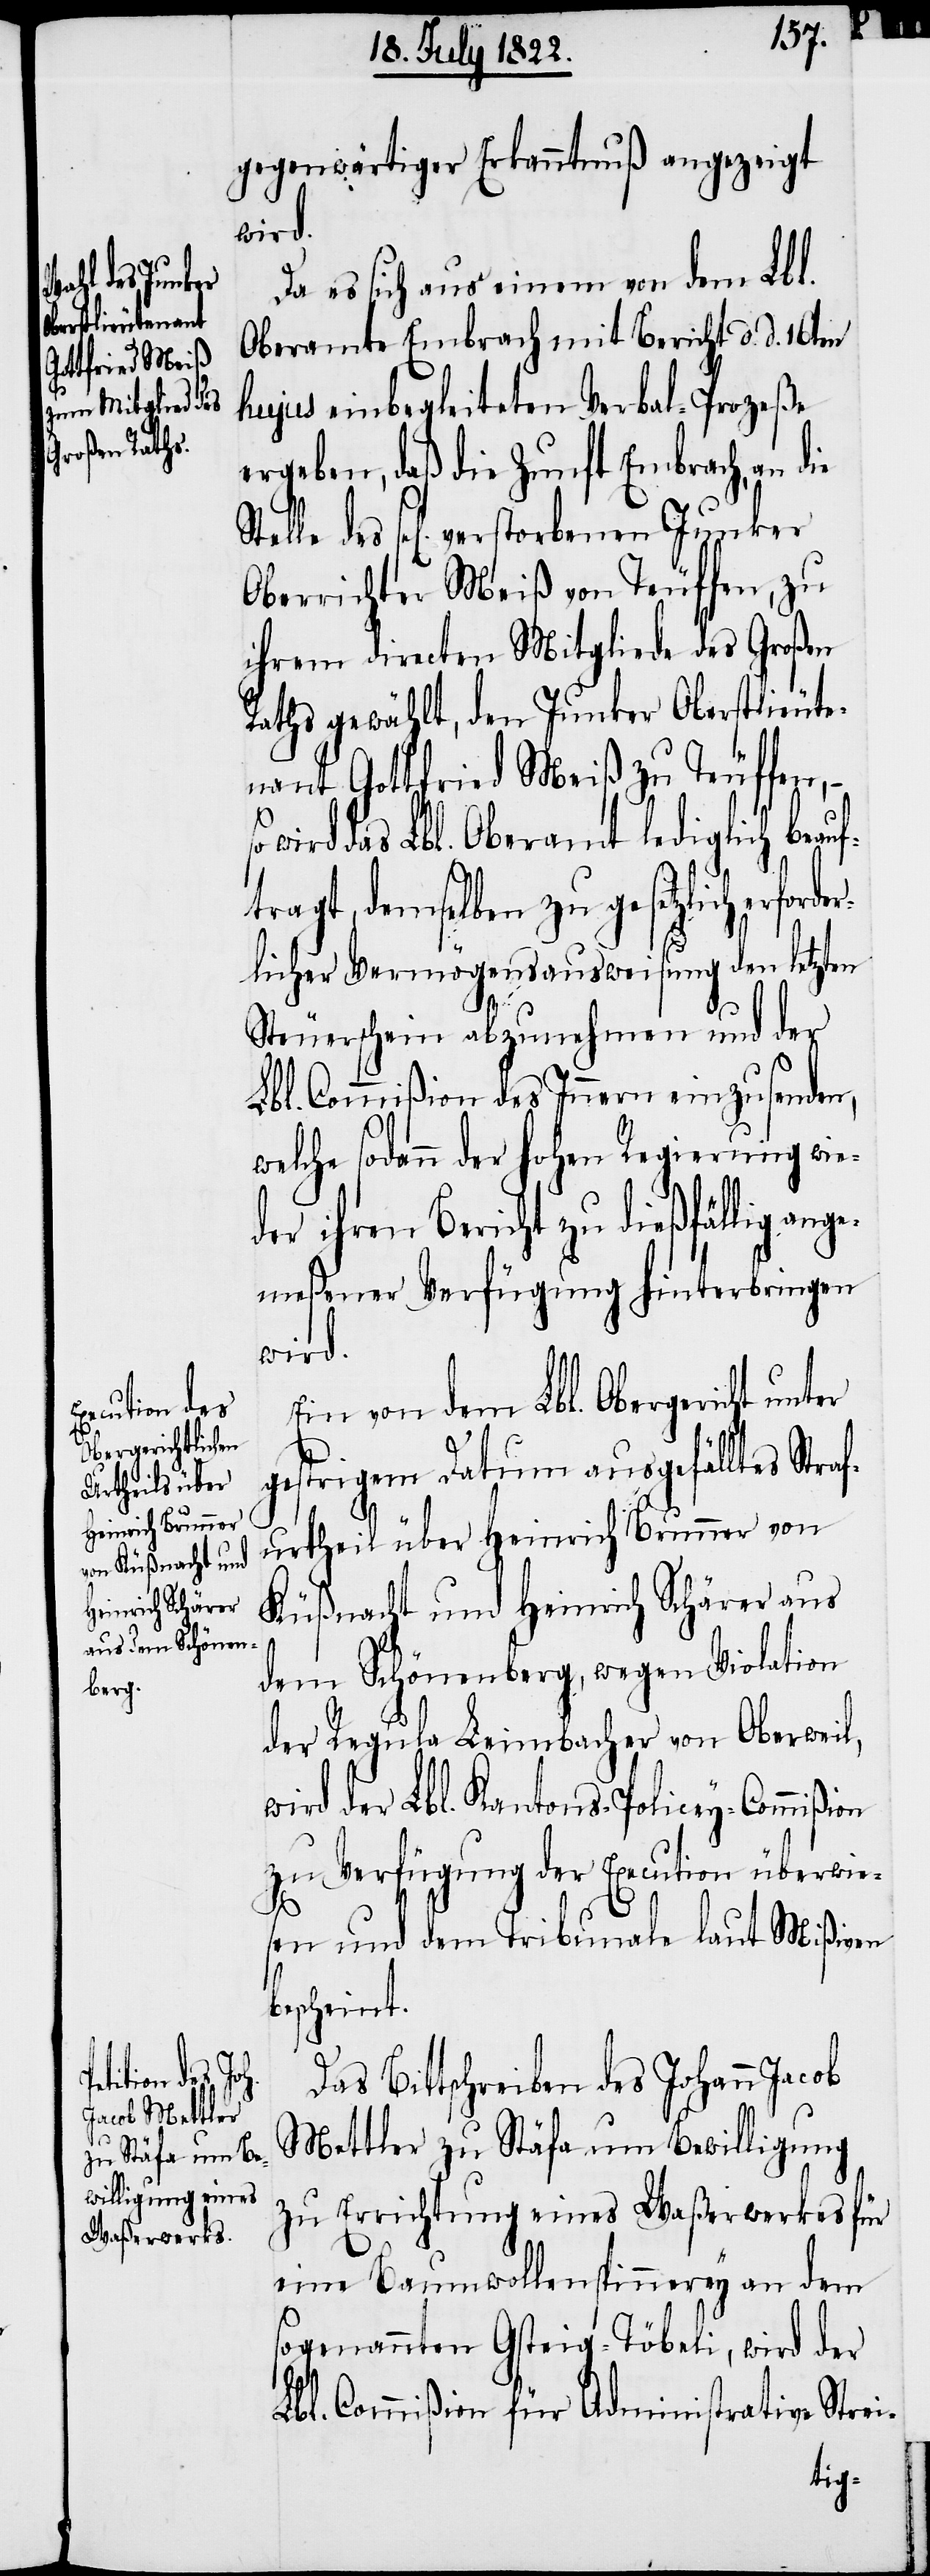
gegenwärtiger Erkanntnuß angezeigt
wird.
Da es sich aus einem von dem Lbl.
Oberamte Embrach mit Bericht d. d. 16ten
hujus einbegleiteten Verbal-Prozeße
ergeben, daß die Zunft Embrach, an die
Stelle des sel. verstorbenen Junker
Oberrichter Meiß von Teuffen, zu
ihrem directen Mitgliede des Großen
Raths gewählt, den Junker Oberstlieut¬
nant Gottfried Meiß zu Teuffen,
wird das Lbl. Oberamt lediglich beau¬
ftragt, demselben zu gesetzlich erfor¬
licher Vermögensausweisung den letzten
der¬
Steuerschein abzunehmen und der
Lbl. Commißion des Innern einzusenden,
welche sodann der Hohen Regierung wie¬
der ihren Bericht zu dießfällig ange¬
meßener Verfügung hinterbringen
wird.
Ein von dem Lbl. Obergericht
gestrigem Datum ausgefälltes Straf¬
urtheil über Heinrich Brunner von
Küßnacht und Heinrich Schärer aus
dem Schönenberg, wegen Violation
der Regula Leimbacher von Oberweil,
wird der Lbl. Kantons-Policey-Commißi¬
zu Verfügung der Execution überwie¬
sen und dem Tribunale laut Mißiven
bescheint.
Das Bittschreiben des Johann Jacob
Mettler zu Stäfa um Bewilligung
zu Errichtung eines Waßerwerkes für
eine Baumwollspinnerey an dem
sogenannten Gsteig-Töbeli, wird der
Lbl. Commißion für Administrative Stre¬

i-